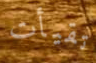
تقيأت